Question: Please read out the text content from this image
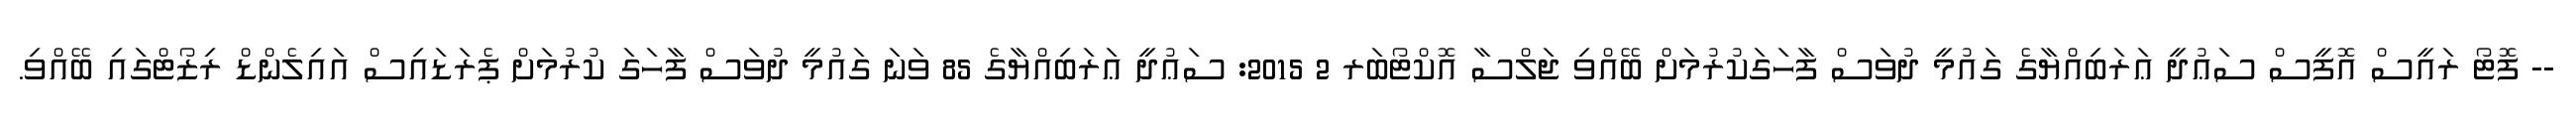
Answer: -- ފޮޓޯ ރައީސް އޮފީސް ސަޢުދީ ޢަރަބިއްޔާގެ ގައުމީ ދުވަސް ފާހަގަކުރުމަށް ބޭއްވި ޖަލްސާ އޮކްޓޯބަރ 2 2015: ސަޢުދީ ޢަރަބިއްޔާގެ 85 ވަނަ ގައުމީ ދުވަސް ފާހަގަ ކުރުމަށް ޕެރަޑައިސް އައިލެންޑް ރިޒޯޓްގައި ބޭއްވި.